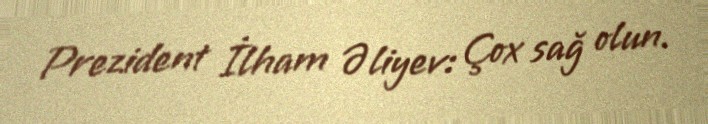
Prezident İlham Əliyev: Çox sağ olun.